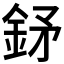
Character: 𨥨